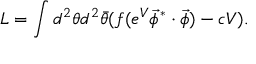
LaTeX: { \cal L } = \int d ^ { 2 } \theta d ^ { 2 } \bar { \theta } ( f ( e ^ { V } \vec { \phi } ^ { * } \cdot \vec { \phi } ) - c V ) .